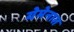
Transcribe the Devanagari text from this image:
येमेनात